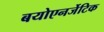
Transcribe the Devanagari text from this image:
बयोएनर्जेटिक